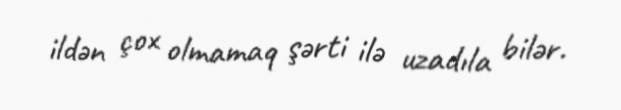
ildən çox olmamaq şərti ilə uzadıla bilər.